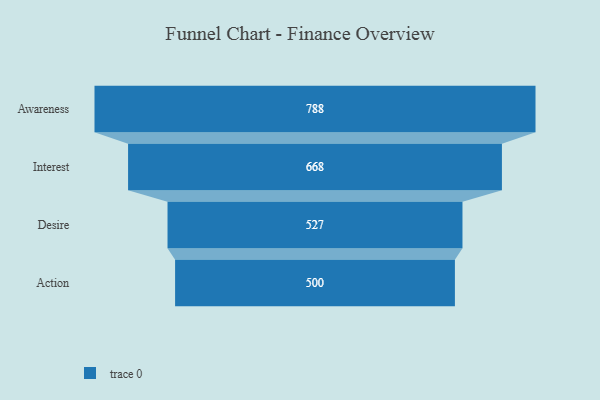
{"axis": {"x": "Stage", "y": "Value"}, "legend": [""], "data": [{"x": "Awareness", "y": 788.0, "type": ""}, {"x": "Interest", "y": 668.0, "type": ""}, {"x": "Desire", "y": 527.0, "type": ""}, {"x": "Action", "y": 500, "type": ""}]}